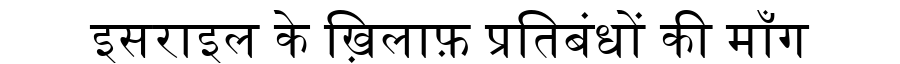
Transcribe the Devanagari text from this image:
इसराइल के ख़िलाफ़ प्रतिबंधों की माँग